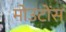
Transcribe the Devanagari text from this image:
मोउटोंस